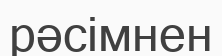
рәсімнен